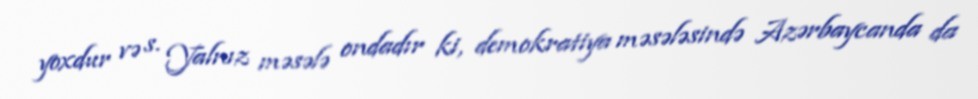
yoxdur və s. Yalnız məsələ ondadır ki, demokratiya məsələsində Azərbaycanda da